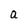
Character: a